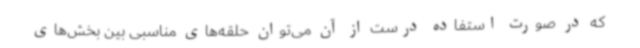
که در صورت استفاده درست از آن می‌توان حلقه‌های مناسبی بین بخش‌های